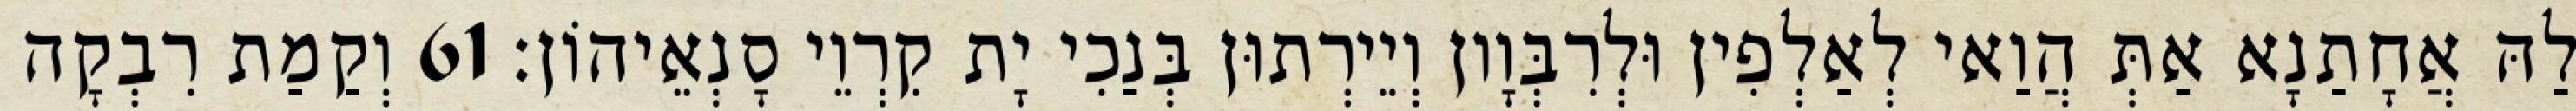
לַהּ אֲחָתַנָא אַתְּ הֲוַאי לְאַלְפִין וּלְרִבְּוָון וְיֵירְתוּן בְּנַכִי יָת קִרְוֵי סָנְאֵיהוֹן׃ 61 וְקַמַת רִבְקָה